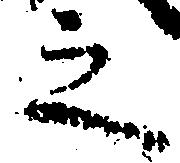
之